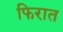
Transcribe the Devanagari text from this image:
फिरात